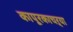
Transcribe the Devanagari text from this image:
कापूरकाचऱ्या